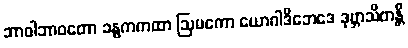
ဘာဝါဘာဝတော ခန္ဓကကထာ ဩမကော ယောဂါဒိဘေဒေ ဒုဗ္ဘာသိတန္တိ